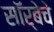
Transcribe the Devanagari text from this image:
सॉर्बेचे